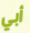
أبي